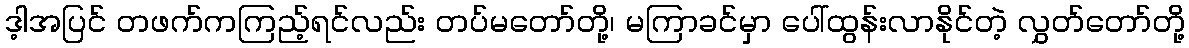
ဒ့ါအပြင် တဖက်ကကြည့်ရင်လည်း တပ်မတော်တို့၊ မကြာခင်မှာ ပေါ်ထွန်းလာနိုင်တဲ့ လွှတ်တော်တို့